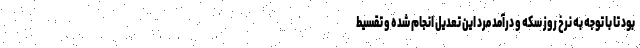
بود تا با توجه به نرخ روز سکه و درآمد مرد این تعدیل انجام شده و تقسیط